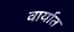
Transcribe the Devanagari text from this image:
वार्यात